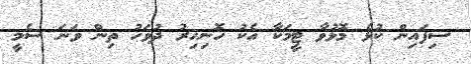
ސިފައިން ކުޅެ މޮޅުވާ ޓީމަކާ އެކު ހޮނިހިރު ދުވަހު ތިން ވަނަ ސެމީ